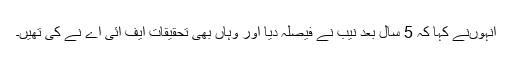
انہوںنے کہا کہ 5 سال بعد نیب نے فیصلہ دیا اور وہاں بھی تحقیقات ایف آئی اے نے کی تھیں۔